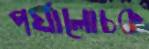
পর্যালোচক